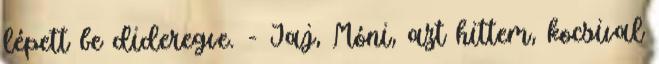
lépett be dideregve. - Jaj, Móni, azt hittem, kocsival